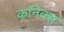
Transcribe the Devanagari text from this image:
कॉनेक्स